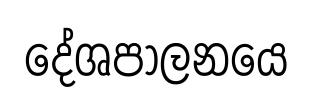
දේශපාලනයෙ